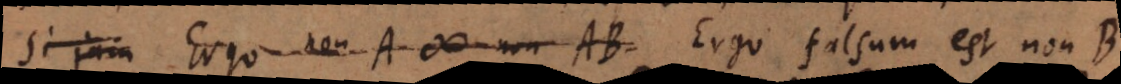
Si jam Ergo non A # non AB. Ergo falsum est non B